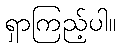
ရှာကြည့်ပါ။